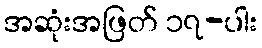
အဆုံးအဖြတ် ၁၇-ပါး